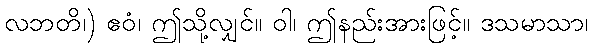
လဘတိ၊) ဧဝံ၊ ဤသို့လျှင်။ ဝါ၊ ဤနည်းအားဖြင့်။ ဒသမာသာ၊